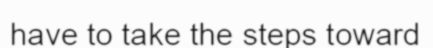
have to take the steps toward